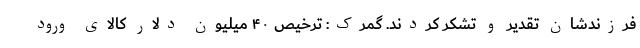
فرزندشان تقدیر و تشکر کردند. گمرک: ترخیص ۴۰ میلیون دلار کالای ورود